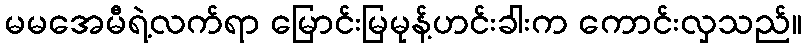
မမအေမီရဲ့လက်ရာ မြောင်းမြမုန့်ဟင်းခါးက ကောင်းလှသည်။